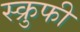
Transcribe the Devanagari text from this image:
स्क्रुफी